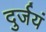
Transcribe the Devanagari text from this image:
दुर्जयं